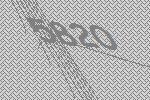
5820